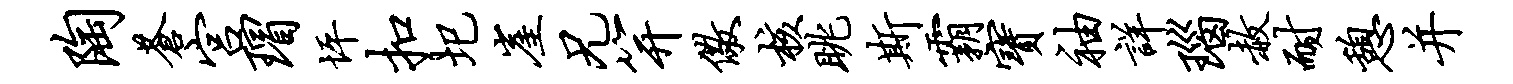
陶苍宫瑁坪扣圯崖兄笄儆核眺斯霸宝袖详瑙赦耐憩并